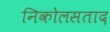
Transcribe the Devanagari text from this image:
निकोलसताद